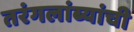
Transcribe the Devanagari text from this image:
तरंगलांब्यांची